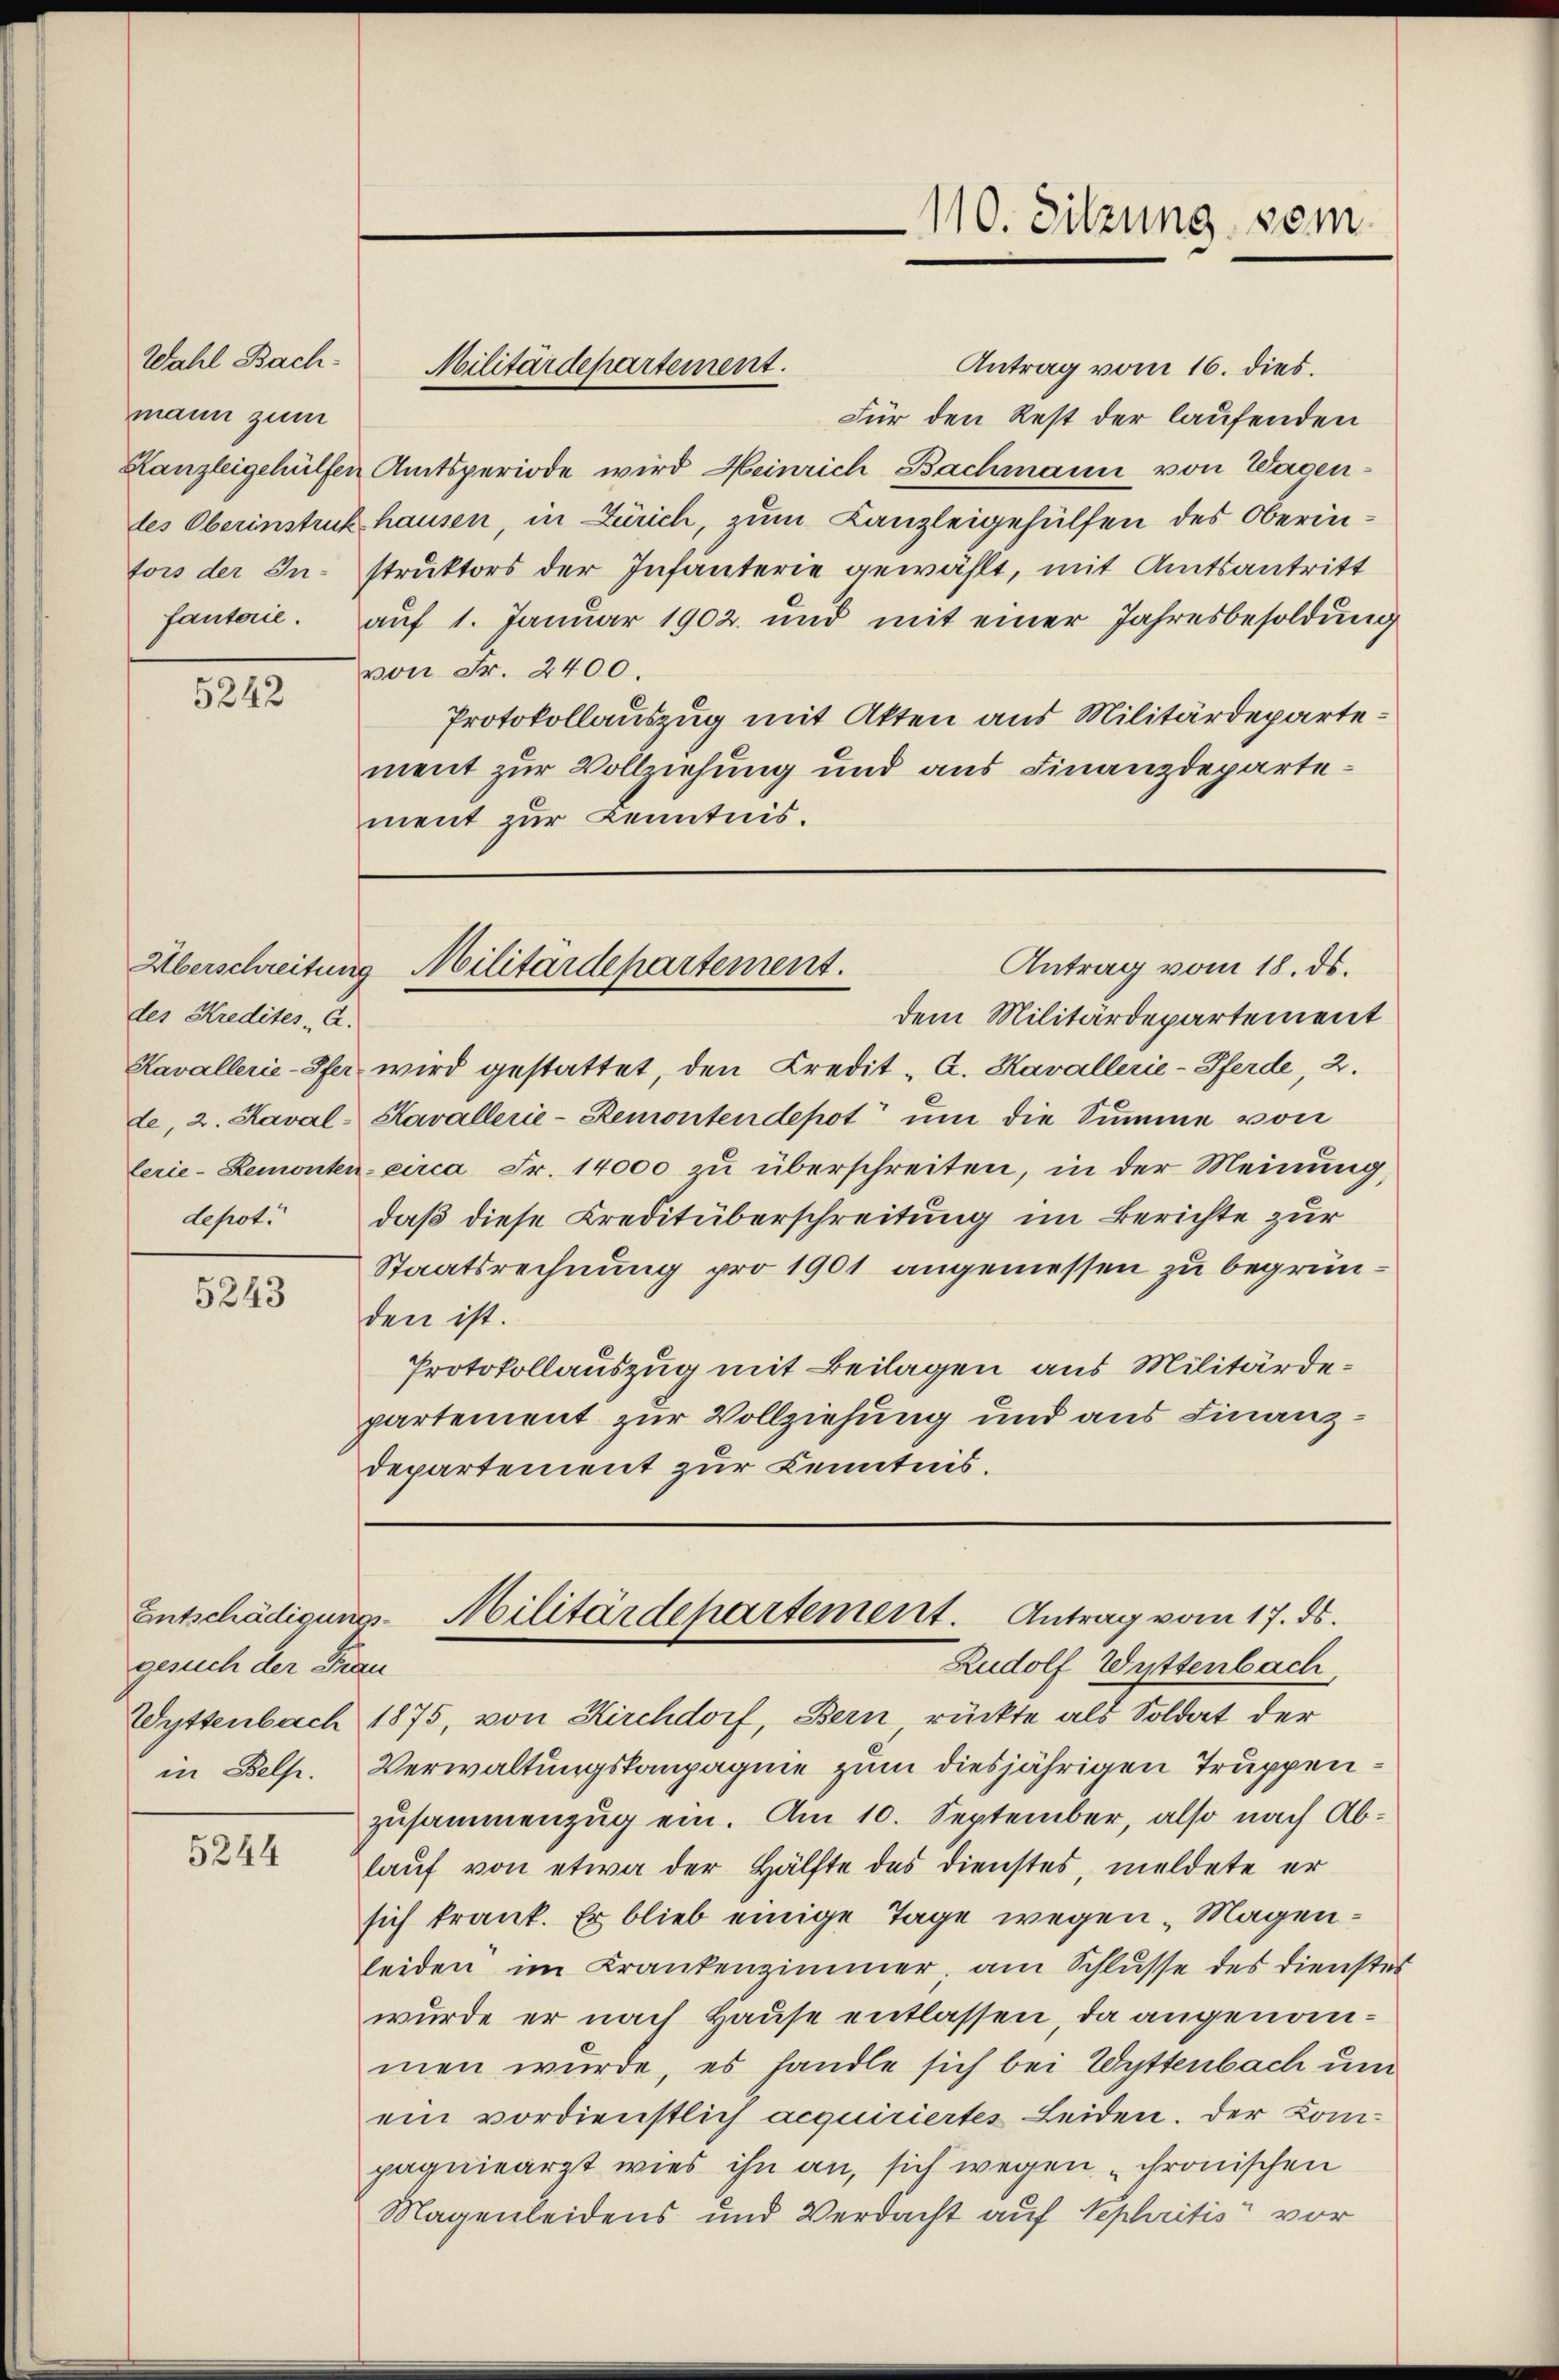
Wahl Bachmann zum

5242

des Kredites C.
de, 2. Kaval
depot.

5243

Entschädigungs-
gesuch der Frau

5244

Antrag vom 16. dies.
Für den Rest der laufenden
Kanzleigehülfen Amtsperiode wird Heinrich Bachmann von Wagendes Oberinstruck hausen, in Zürich, zum Kanzleigehülfen des Oberintors der Instruktors der Infanterie gewählt, mit Amtsantritt
fanterie. aŭf 1. Januar 1902. und mit einer Jahresbesoldŭng
von Fr. 2400.
Protokollauszug mit Akten aus Militärdepartement zur Vollziehung und aus Finanzdepartement zur Kenntnis.

Militärdepartement.

110. Sitzung vom

Antrag vom 18. ds.
Überschreitung Militärdepartement.

Militärdepartement. Antrag vom 17. ds.
Rudolf Wittenbach,

dem Militärdepartement
Kavallerie-Pfer, wird gestattet, den Credit „A. Kavallerie-Pferde, 2.
Kavallerie-Remontendepot um die Summe von
lerie-Remonten circa Fr. 14000 zu überschreiten, in der Meinung,
daß diese Kreditüberschreitung im Berichte zur
Staatsrechnung pro 1901 angemessen zu begründen ist.
Protokollauszug mit Beilagen aus Militärdepartement zur Vollziehung und aus Finanzdepartement zur Kenntnis.

Wyttenbach 1875, von Kirchdorf, Bern rückte als Soldat der
in Belp. Verwaltungskompagnie zum diesjährigen Truppenzusammenzug ein. Am 10. September, also nach Ablaŭf von etwa der Hälfte des dienstes, meldete er
sich trank. Er blieb einige Tage wegen Magenleiden im Krankenzimmer, am Schlusse des Dienstes
wurde er nach Hause entlassen, da angenommen wurde, es handle sich bei Wyttenbach um
ein vordienstlich acquiriertes Leiden. Der Kompagniearzt wies ihn an, sich wegen „chronischen
Magenleidens und Verdacht auf Sephritis vor